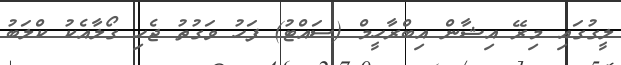
ލީގުގައި މިރޭ އިޝާން އިބްރާހީމް (ސައްޓު) ފަހު ވަގުތު ޖެހި ގޯލާއެކު ކްލަބު